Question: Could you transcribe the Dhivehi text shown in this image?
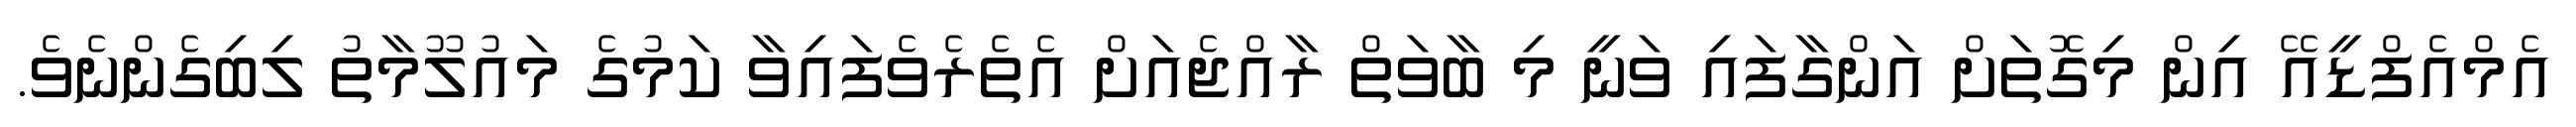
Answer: އެމްއެފްޑީއޭ އިން މިގޮތަށް އަންގާފައި ވަނީ މި ބާވަތް ރާއްޖެއަށް އެތެރެވެފައިވާ ކަމުގެ މައުލޫމާތު ލިބިގެންނެވެ.